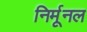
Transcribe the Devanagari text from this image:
निर्मूनल